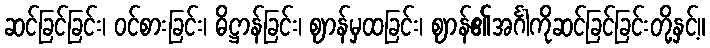
ဆင်ခြင်ခြင်း၊ ဝင်စားခြင်း၊ ဓိဋ္ဌာန်ခြင်း၊ ဈာန်မှထခြင်း၊ ဈာန်၏အင်္ဂါကိုဆင်ခြင်ခြင်းတို့နှင့်။